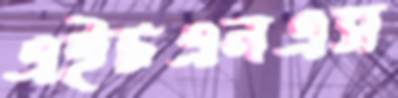
এইচএনএস